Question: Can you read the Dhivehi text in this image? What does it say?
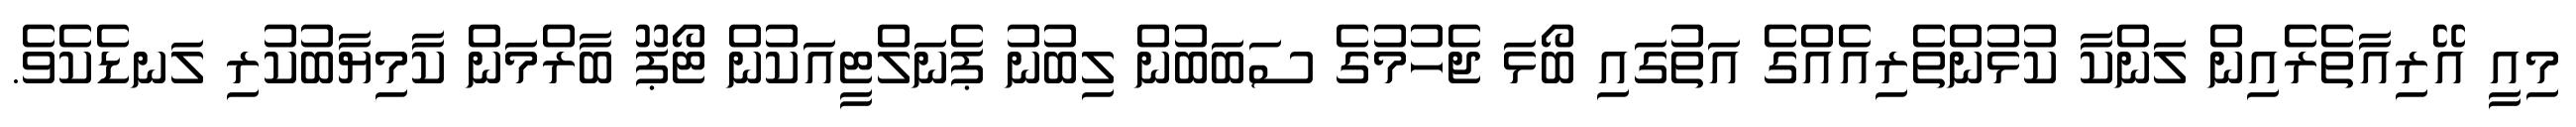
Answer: މިއީ އޭރިއާތެރެއިން ލަންކާ ކުޅުންތެރިއެއްގެ އަތުގައި ބޯޅަ ޖެހުމުގެ ސަބަބުން ލިބުނު ޕެނަލްޓީއަކުން ޓޯޕޫ ބާރްމަން ކާމިޔާބުކުރި ލަނޑެކެވެ.